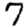
Digit: 7